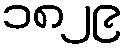
၁၈၂၉